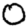
Digit: 0